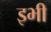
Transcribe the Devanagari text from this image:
इभी